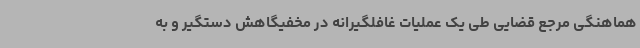
هماهنگی مرجع قضایی طی یک عملیات غافلگیرانه در مخفیگاهش دستگیر و به